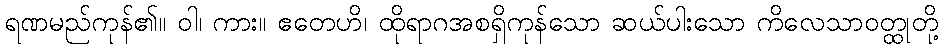
ရဏမည်ကုန်၏။ ဝါ၊ ကား။ ဧတေဟိ၊ ထိုရာဂအစရှိကုန်သော ဆယ်ပါးသော ကိလေသာဝတ္ထုတို့